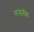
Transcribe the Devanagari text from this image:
सन्डवॅक